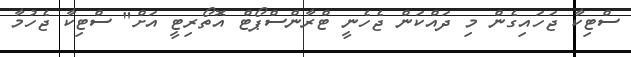
ސްޓިކާ ޖަހައިގެން މި ދައްކަން ޖެހެނީ ޓްރާންސްޕޯޓް އޮތޯރިޓީ އަށް" ސްޓިކާ ޖެހުމާ